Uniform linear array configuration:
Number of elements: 48
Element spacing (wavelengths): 0.75
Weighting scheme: blackman
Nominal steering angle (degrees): -45
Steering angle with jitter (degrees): -44.714
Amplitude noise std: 0.05
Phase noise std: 0.05

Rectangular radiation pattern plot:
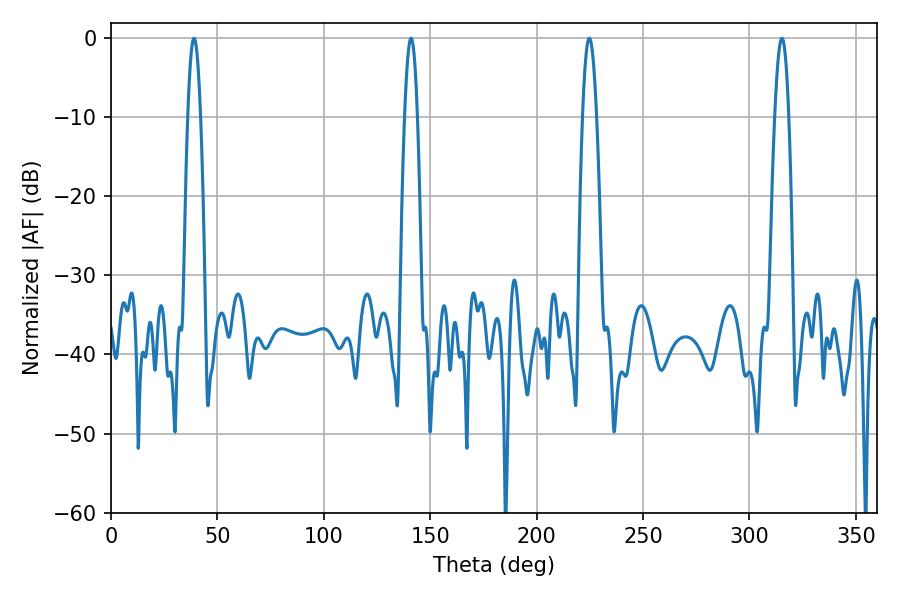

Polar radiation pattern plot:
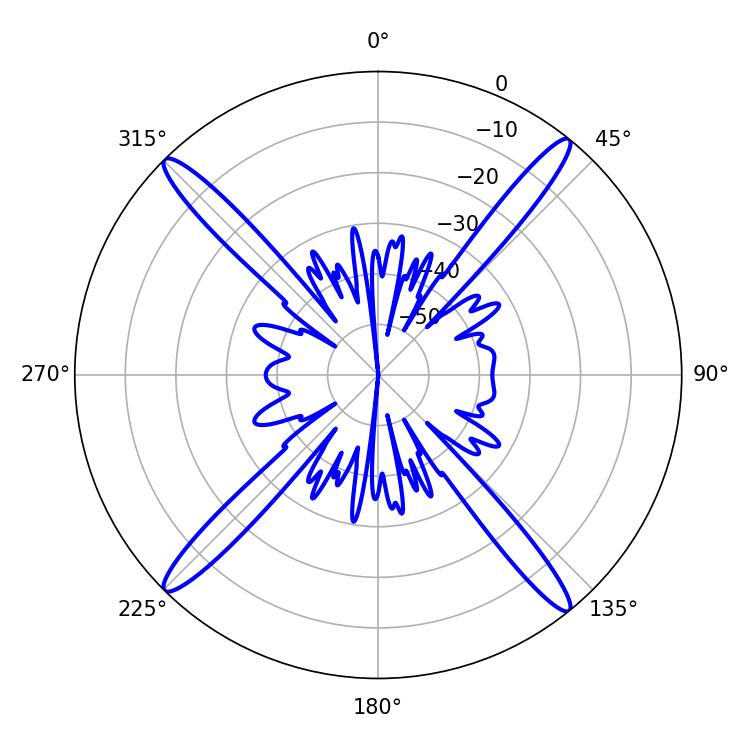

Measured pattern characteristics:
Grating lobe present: TRUE
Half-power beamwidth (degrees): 3.24
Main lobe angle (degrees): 140.94